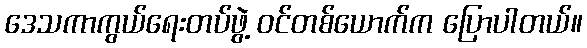
ဒေသကာကွယ်ရေးတပ်ဖွဲ့ ဝင်တစ်ယောက်က ပြောပါတယ်။